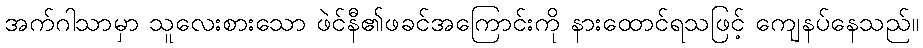
အက်ဂါသာမှာ သူလေးစားသော ဖဲင်နီ၏ဖခင်အကြောင်းကို နားထောင်ရသဖြင့် ကျေနပ်နေသည်။